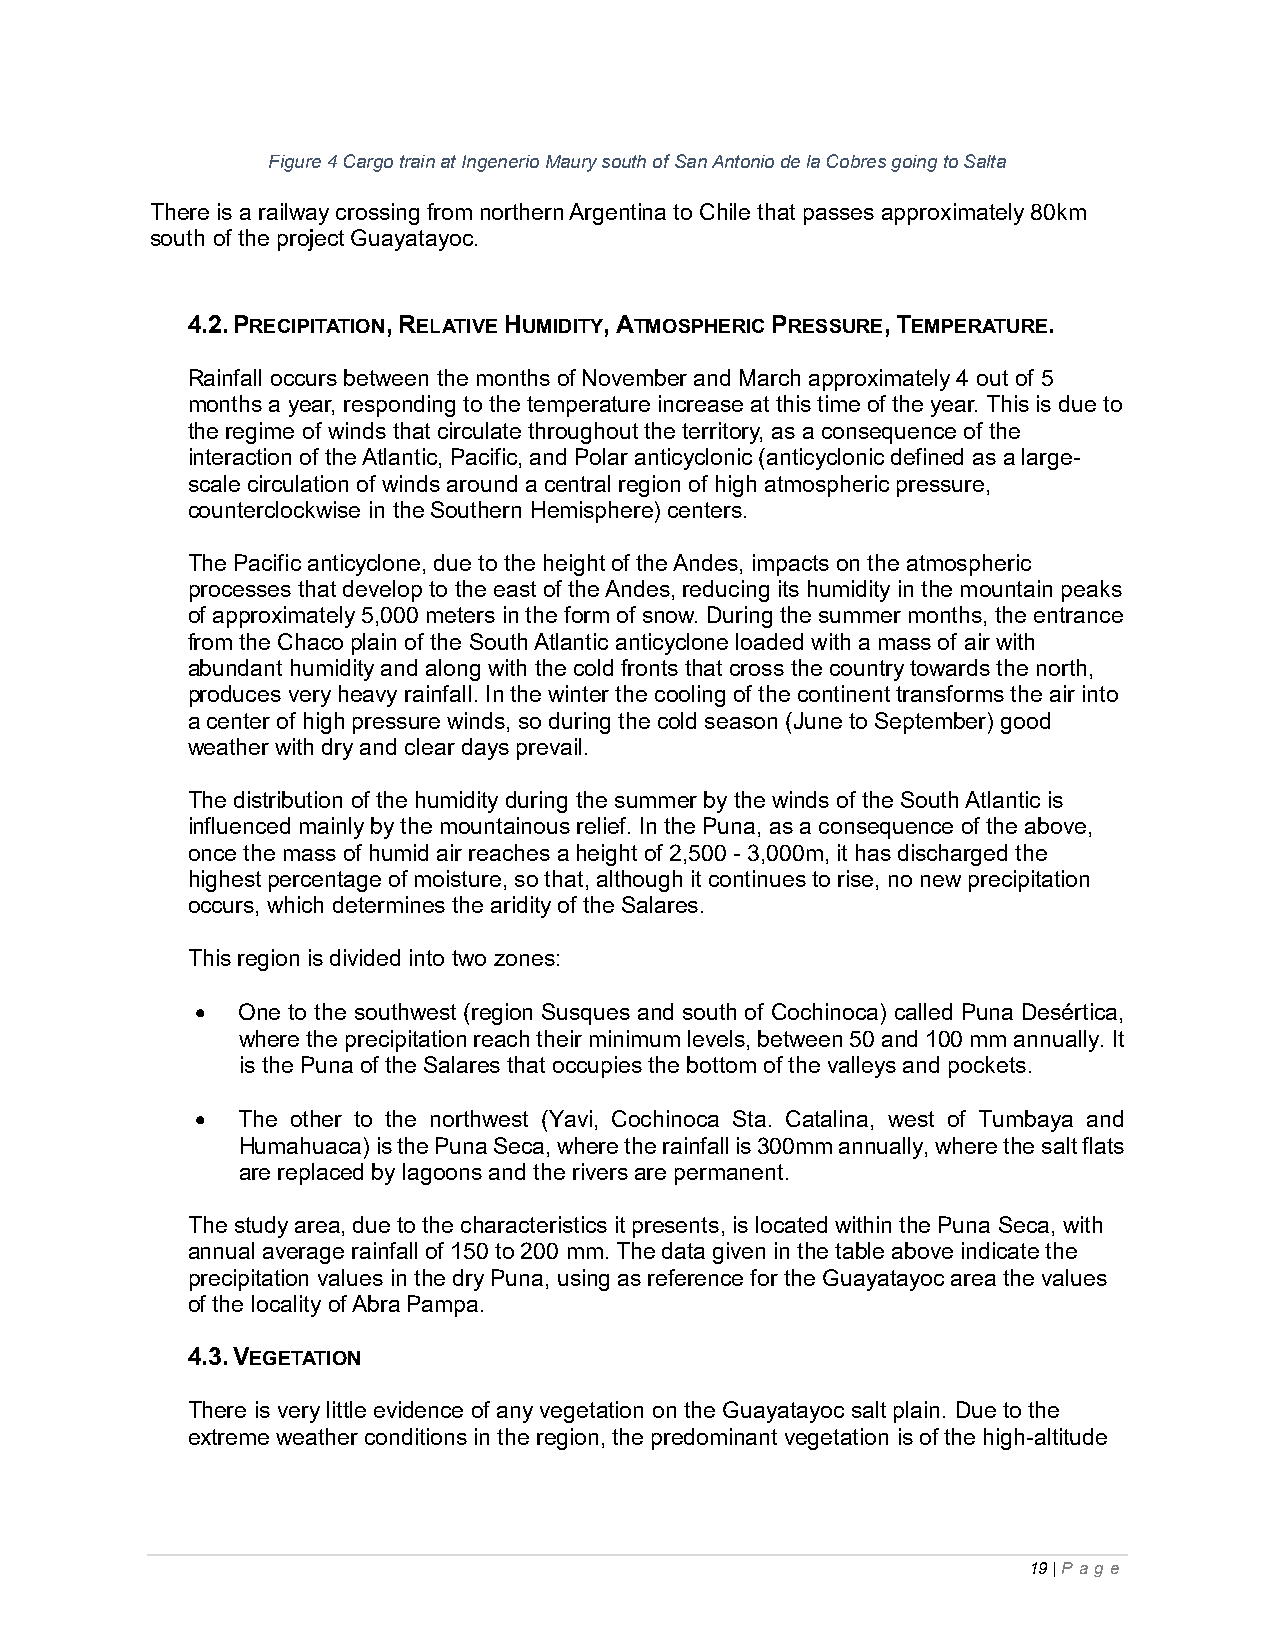
Figure 4 Cargo train at Ingenerio Maury south of San Antonio de la Cobres going to Salta
 There is a railway crossing from northern Argentina to Chile that passes approximately 80km
 south of the project Guayatayoc.
 4.2. PRECIPITATION, RELATIVE HUMIDITY, ATMOSPHERIC PRESSURE, TEMPERATURE.
 Rainfall occurs between the months of November and March approximately 4 out of 5
 months a year, responding to the temperature increase at this time of the year. This is due to
 the regime of winds that circulate throughout the territory, as a consequence of the
 interaction of the Atlantic, Pacific, and Polar anticyclonic (anticyclonic defined as a large-
 scale circulation of winds around a central region of high atmospheric pressure,
 counterclockwise in the Southern Hemisphere) centers.
 The Pacific anticyclone, due to the height of the Andes, impacts on the atmospheric
 processes that develop to the east of the Andes, reducing its humidity in the mountain peaks
 of approximately 5,000 meters in the form of snow. During the summer months, the entrance
 from the Chaco plain of the South Atlantic anticyclone loaded with a mass of air with
 abundant humidity and along with the cold fronts that cross the country towards the north,
 produces very heavy rainfall. In the winter the cooling of the continent transforms the air into
 a center of high pressure winds, so during the cold season (June to September) good
 weather with dry and clear days prevail.
 The distribution of the humidity during the summer by the winds of the South Atlantic is
 influenced mainly by the mountainous relief. In the Puna, as a consequence of the above,
 once the mass of humid air reaches a height of 2,500 - 3,000m, it has discharged the
 highest percentage of moisture, so that, although it continues to rise, no new precipitation
 occurs, which determines the aridity of the Salares.
 This region is divided into two zones:
   One to the southwest (region Susques and south of Cochinoca) called Puna Desértica,
 where the precipitation reach their minimum levels, between 50 and 100 mm annually. It
 is the Puna of the Salares that occupies the bottom of the valleys and pockets.
   The other to the northwest (Yavi, Cochinoca Sta. Catalina, west of Tumbaya and
 Humahuaca) is the Puna Seca, where the rainfall is 300mm annually, where the salt flats
 are replaced by lagoons and the rivers are permanent.
 The study area, due to the characteristics it presents, is located within the Puna Seca, with
 annual average rainfall of 150 to 200 mm. The data given in the table above indicate the
 precipitation values in the dry Puna, using as reference for the Guayatayoc area the values
 of the locality of Abra Pampa.
 4.3. VEGETATION
 There is very little evidence of any vegetation on the Guayatayoc salt plain. Due to the
 extreme weather conditions in the region, the predominant vegetation is of the high-altitude
 19 | P ag e